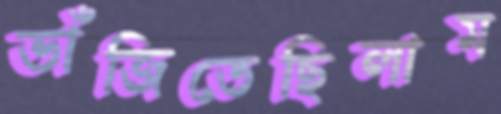
ভাঁজিতেছিলাম